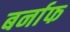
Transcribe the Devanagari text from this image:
बर्नाफ